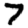
Digit: 7